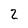
Character: 2